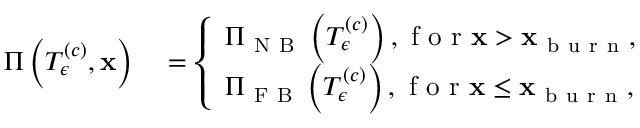
\begin{array} { r l } { \Pi \left( T _ { \epsilon } ^ { \left( c \right) } , \mathbf { x } \right) } & { { } = \left\{ \begin{array} { l l } { \Pi _ { \mathrm { ~ N ~ B ~ } } \left( T _ { \epsilon } ^ { \left( c \right) } \right) , \mathrm { ~ f ~ o ~ r ~ } \mathbf { x } > \mathbf { x } _ { \mathrm { ~ b ~ u ~ r ~ n ~ } } , } \\ { \Pi _ { \mathrm { ~ F ~ B ~ } } \left( T _ { \epsilon } ^ { \left( c \right) } \right) , \mathrm { ~ f ~ o ~ r ~ } \mathbf { x } \le \mathbf { x } _ { \mathrm { ~ b ~ u ~ r ~ n ~ } } , } \end{array} \right. } \end{array}